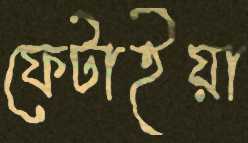
ফেটাইয়া